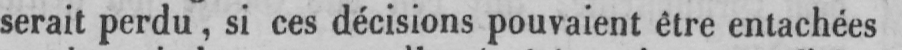
serait perdu, si ces décisions pouvaient être entachées